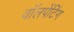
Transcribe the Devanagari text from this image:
वॉलपेंटिंग